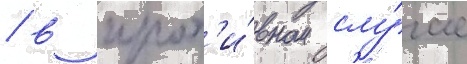
/ в прот'и́вном слу́чае